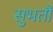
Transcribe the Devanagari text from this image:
सुभतौं